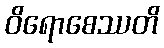
ဝိရောစေဿတိ